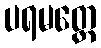
ပရမတ္ထေ